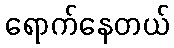
ရောက်နေတယ်